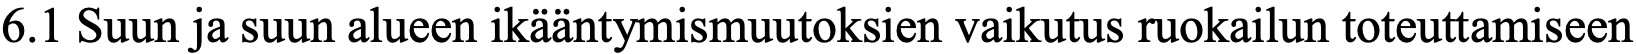
6.1 Suun ja suun alueen ikääntymismuutoksien vaikutus ruokailun toteuttamiseen